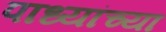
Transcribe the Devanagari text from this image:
पाध्यांच्या